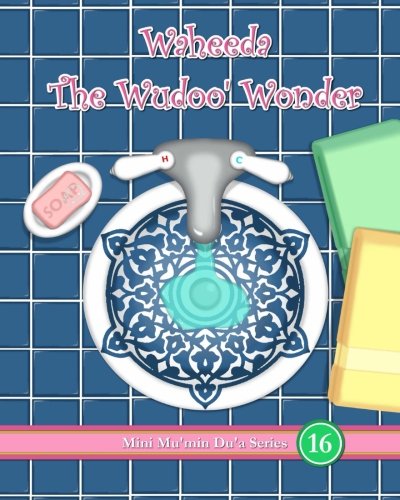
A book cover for Waheeda The Wudoo' Wonder (Mini Mu'min Du'a Series); Mini Mu'min Publications; Religion & Spirituality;